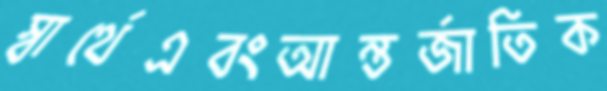
স্বার্থেএবংআন্তর্জাতিক